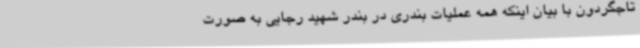
تاجگردون با بیان اینکه همه عملیات بندری در بندر شهید رجایی به صورت